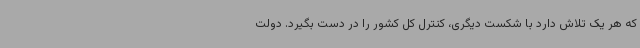
که هر یک تلاش دارد با شکست دیگری، کنترل کل کشور را در دست بگیرد. دولت